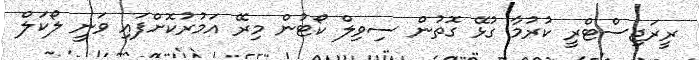
ރީރަޖިސްޓްރީ ކުރުމާ ގުޅޭ ގޮތުން ސިވިލް ކޯޓުން މިރޭ އަމުރުކޮށްފައި ވަނީ ލޯކަލް